Punjab Mental Hospital Lahore 1932-46 - 1932-1946
Year: 1932
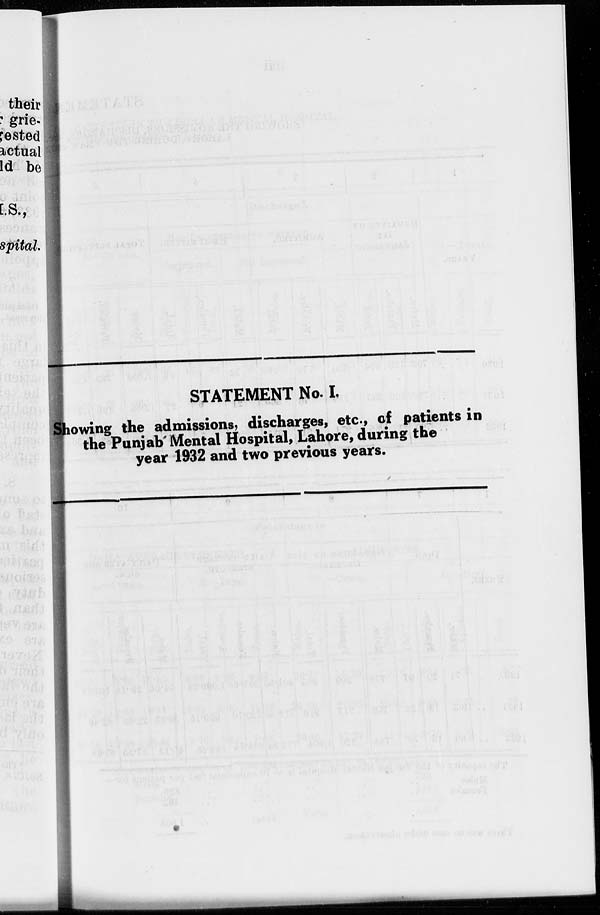
STATEMENT No. I.
Showing the admissions, discharges, etc., of patients in
the Punjab Mental Hospital, Lahore, during the
year 1932 and two previous years.